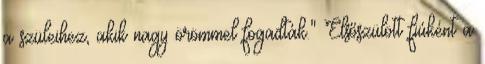
a szüleihez, akik nagy örömmel fogadták." Elsőszülött fiúként a